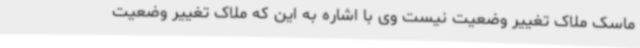
ماسک ملاک تغییر وضعیت نیست وی با اشاره به این که ملاک تغییر وضعیت